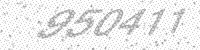
Solution: 950411